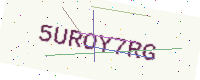
Text: 5UROY7RG